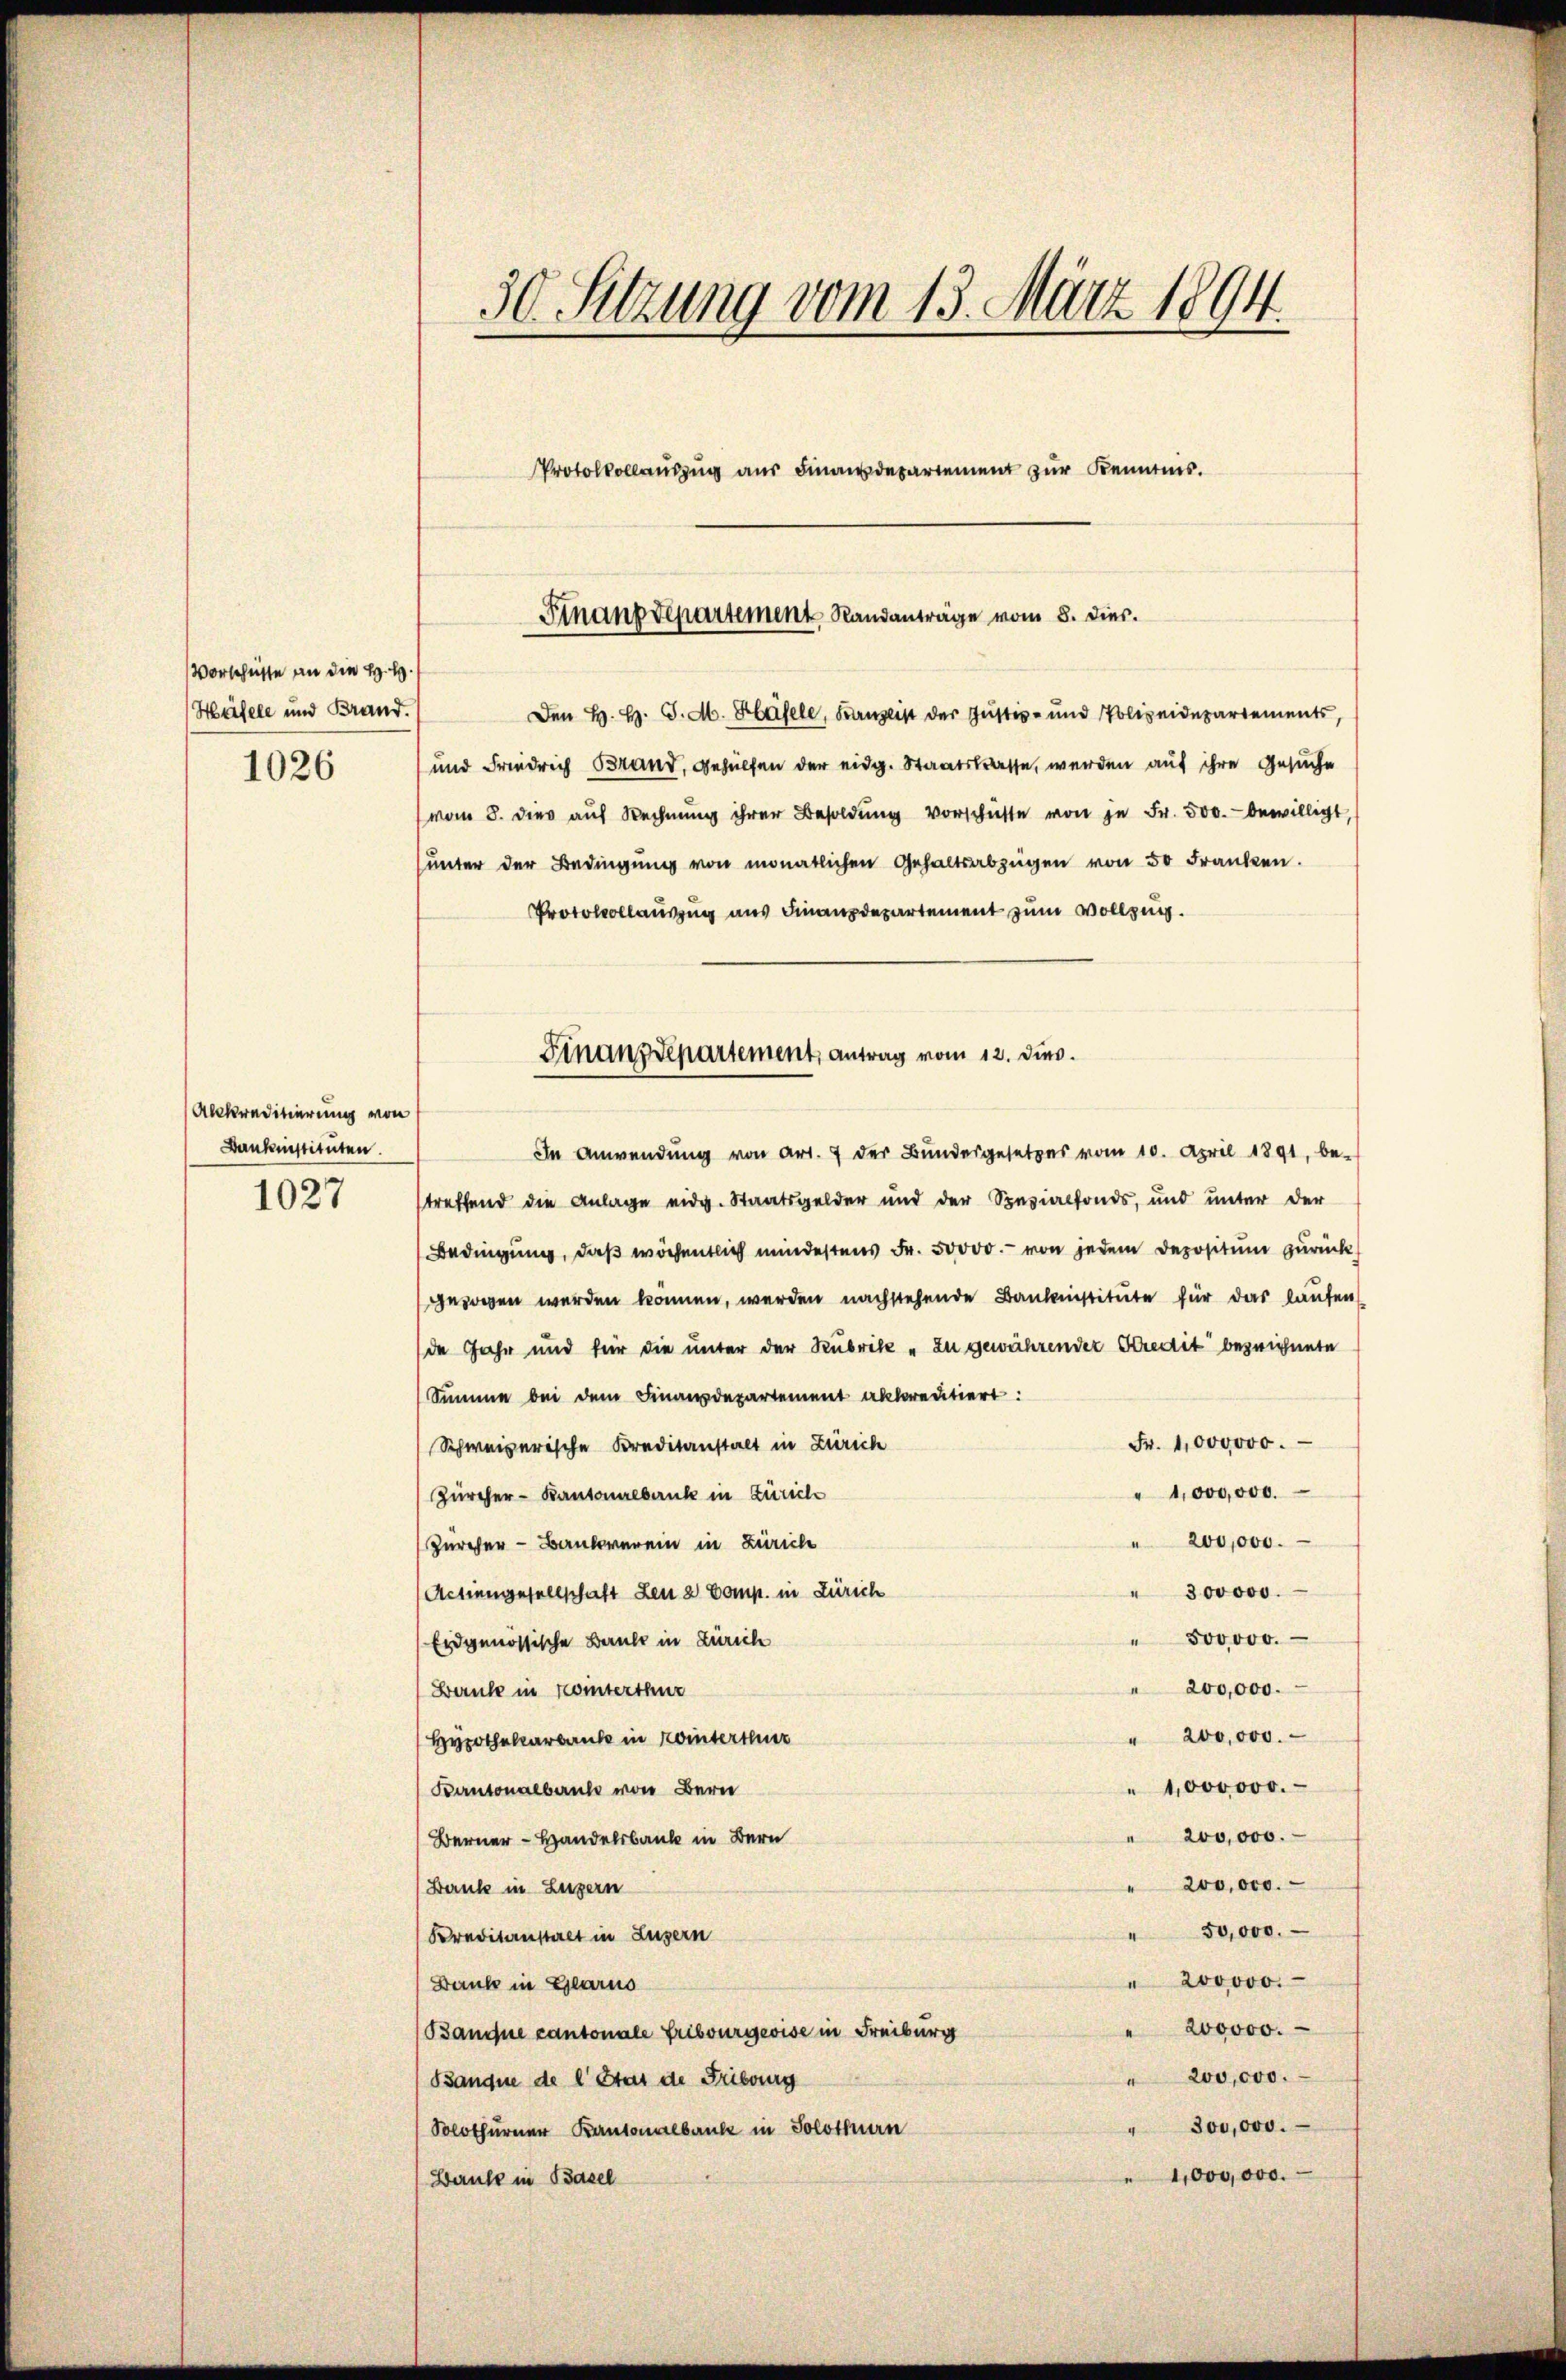
Vorschüsse an die H. H. P
Häfele und Brand.
1026

Abkreditierung von
Bankinstituten.

1027

In Anwendung von Art. 7 der Bundesgesetzes vom 10. April 1891, be-
streffend die Anlage eidg. Staatsgelder und der Spezialfonds, und unter der
Bedingung, daß wöchentlich mindestens Fr. 50000.- von jedem Depositum zurück
gezogen werden können, werden nachstehende Baulinstitute für das laufen
de Jahr und für die unter der Rubrike „zu gewährender Kredit bezeichnete
Summe bei dem Finanzdepartement allerentiert:
Fr. 1000000.
Schweizerische Kreditanstalt in Zürich
1,000,000.
Zürcher - Kantonalbank in Zürich
" 200,000.
Zürcher - Bankverein in Zürich
300000.
Actiengesellschaft den 2 Comp. in Zürich
500000.
Eidgenössische Baule in Zürich
200,000.
Berück in Winterthur
" 200,000.
Hypothekarbank in Winterthur
" 1,000000.
Kantonalbank von Bern
" 200,000.
Berner - Handelsbank in Bern
200,000.
Banke in Luzern
50,000.
Kreditanstalt in Luzern
" 200000.
Baube in Glarus
200000.
(Banne cantonale Fribourgeoise in Freiburg
200,000.
Banque de l. Stat de Fribourg
" 300,000.
Solothurner Kantonalbaute in Solothurn
1,000,000.
Beruhe in Basel

Den H. H. J. M. Häfele, Farnseit der Justiz- und Polizeidepartements,
und Friedrich Brand, Gehülfen der eidg. Staatstrasse, werden auf ihre Gesuche
vom 8. dies aŭf Rechnŭng ihrer Besoldŭng vorschüsse von je Fr. 500. bewilligt,
ŭnter der Bedingŭng von monatlichen Gehaltsabzügen von 50 Franken.
Protocollauszug aus Finanzdepartement zum Vollzug.

30 Setzung vom 13. März 1894.
Protokollauszug aus Finanzdepartement zur Kenntnis.

Finanzdepartement Standanträge vom 8. dies.

Finanzdepartement, antrag vom 12. dies